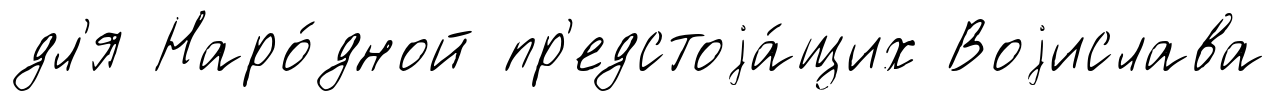
дл'я Наро́дной пр'едстоjа́щих Воjислава